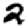
Digit: 2